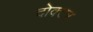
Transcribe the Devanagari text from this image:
दोक्टर